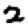
Digit: 2